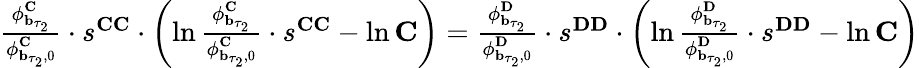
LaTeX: \begin{array}{r}{\frac{\mathbf{\phi}_{\mathbf{b}_{\tau_{2}}}^{\mathbf{C}}}{\mathbf{\phi}_{\mathbf{b}_{\tau_{2}},0}^{\mathbf{C}}}\cdot s^{\mathbf{CC}}\cdot\left(\ln\frac{\mathbf{\phi}_{\mathbf{b}_{\tau_{2}}}^{\mathbf{C}}}{\mathbf{\phi}_{\mathbf{b}_{\tau_{2}},0}^{\mathbf{C}}}\cdot s^{\mathbf{CC}}-\ln\mathbf{C}\right)=\frac{\mathbf{\phi}_{\mathbf{b}_{\tau_{2}}}^{\mathbf{D}}}{\mathbf{\phi}_{\mathbf{b}_{\tau_{2}},0}^{\mathbf{D}}}\cdot s^{\mathbf{DD}}\cdot\left(\ln\frac{\mathbf{\phi}_{\mathbf{b}_{\tau_{2}}}^{\mathbf{D}}}{\mathbf{\phi}_{\mathbf{b}_{\tau_{2}},0}^{\mathbf{D}}}\cdot s^{\mathbf{DD}}-\ln\mathbf{C}\right)}\end{array}